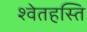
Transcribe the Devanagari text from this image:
श्वेतहस्ति